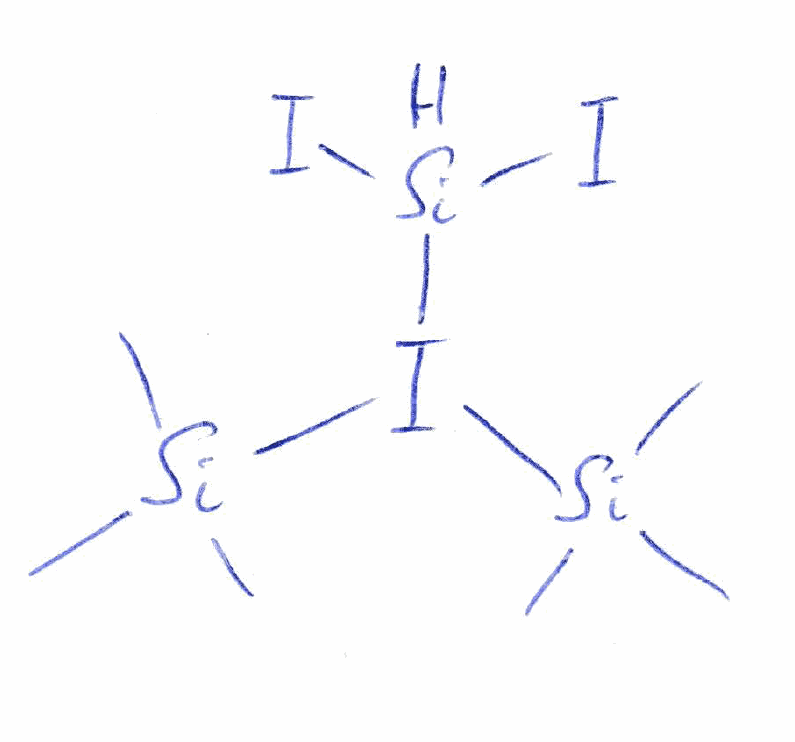
Simplified molecular-input line-entry system (SMILES) notation of the given molecule:
C[Si](C)(C)I([SiH](I)I)[Si](C)(C)C